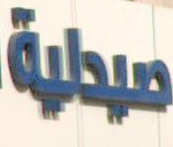
سيطية